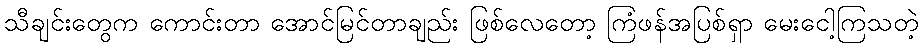
သီချင်းတွေက ကောင်းတာ အောင်မြင်တာချည်း ဖြစ်လေတော့ ကြံဖန်အပြစ်ရှာ မေးငေါ့ကြသတဲ့